Report of the Bombay Veterinary College
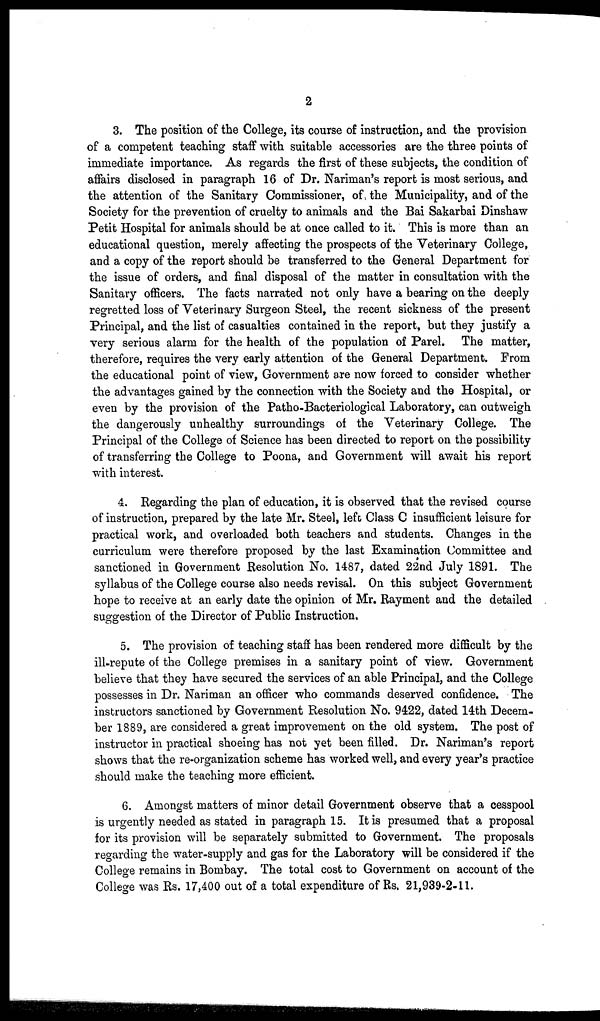
2
3. The position of the College, its course of instruction, and the provision
of a competent teaching staff with suitable accessories are the three points of
immediate importance. As regards the first of these subjects, the condition of
affairs disclosed in paragraph 16 of Dr. Nariman's report is most serious, and
the attention of the Sanitary Commissioner, of the Municipality, and of the
Society for the prevention of cruelty to animals and the Bai Sakarbai Dinshaw
Petit Hospital for animals should be at once called to it. This is more than an
educational question, merely affecting the prospects of the Veterinary College,
and a copy of the report should be transferred to the General Department for
the issue of orders, and final disposal of the matter in consultation with the
Sanitary officers. The facts narrated not only have a bearing on the deeply
regretted loss of Veterinary Surgeon Steel, the recent sickness of the present
Principal, and the list of casualties contained in the report, but they justify a
very serious alarm for the health of the population of Parel. The matter,
therefore, requires the very early attention of the General Department. From
the educational point of view, Government are now forced to consider whether
the advantages gained by the connection with the Society and the Hospital, or
even by the provision of the Patho-Bacteriological Laboratory, can outweigh
the dangerously unhealthy surroundings of the Veterinary College. The
Principal of the College of Science has been directed to report on the possibility
of transferring the College to Poona, and Government will await his report
with interest.
4. Regarding the plan of education, it is observed that the revised course
of instruction, prepared by the late Mr. Steel, left Class C insufficient leisure for
practical work, and overloaded both teachers and students. Changes in the
curriculum were therefore proposed by the last Examination Committee and
sanctioned in Government Resolution No. 1487, dated 22nd July 1891. The
syllabus of the College course also needs revisal. On this subject Government
hope to receive at an early date the opinion of Mr. Rayment and the detailed
suggestion of the Director of Public Instruction.
5. The provision of teaching staff has been rendered more difficult by the
ill-repute of the College premises in a sanitary point of view. Government
believe that they have secured the services of an able Principal, and the College
possesses in Dr. Nariman an officer who commands deserved confidence. The
instructors sanctioned by Government Resolution No. 9422, dated 14th Decem-
ber 1889, are considered a great improvement on the old system. The post of
instructor in practical shoeing has not yet been filled. Dr. Nariman's report
shows that the re-organization scheme has worked well, and every year's practice
should make the teaching more efficient.
6. Amongst matters of minor detail Government observe that a cesspool
is urgently needed as stated in paragraph 15. It is presumed that a proposal
for its provision will be separately submitted to Government. The proposals
regarding the water-supply and gas for the Laboratory will be considered if the
College remains in Bombay. The total cost to Government on account of the
College was Rs. 17,400 out of a total expenditure of Rs. 21,939-2-11.